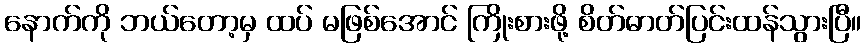
နောက်ကို ဘယ်တော့မှ ထပ် မဖြစ်အောင် ကြိုးစားဖို့ စိတ်ဓာတ်ပြင်းထန်သွားပြီ။